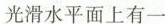
光滑水平面上有一